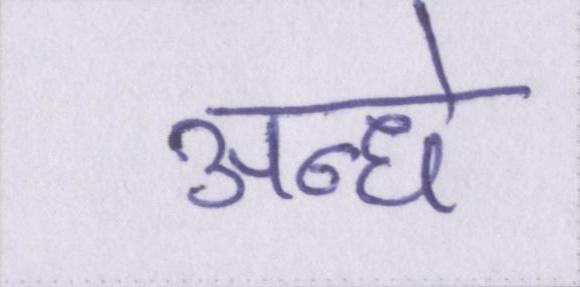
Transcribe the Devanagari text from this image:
अन्धे